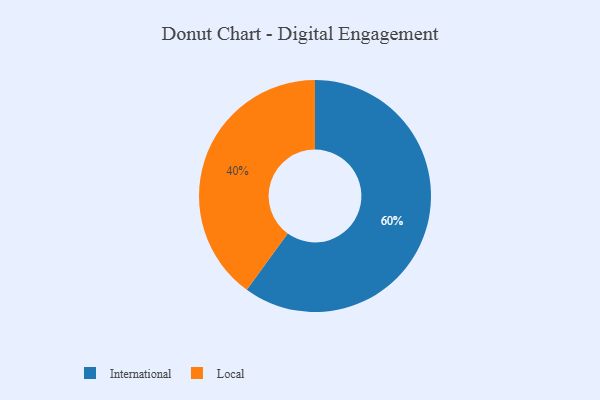
{"axis": {"x": "Category", "y": "Percentage"}, "legend": ["International", "Local"], "data": [{"x": "International", "y": 60, "type": "International"}, {"x": "Local", "y": 40, "type": "Local"}]}